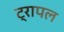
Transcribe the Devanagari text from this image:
ट्रापल